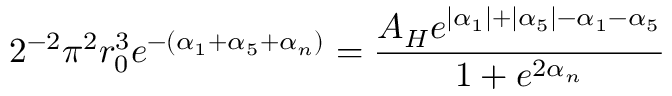
2 ^ { - 2 } \pi ^ { 2 } r _ { 0 } ^ { 3 } e ^ { - ( \alpha _ { 1 } + \alpha _ { 5 } + \alpha _ { n } ) } = \frac { { \cal A } _ { H } e ^ { | \alpha _ { 1 } | + | \alpha _ { 5 } | - \alpha _ { 1 } - \alpha _ { 5 } } } { 1 + e ^ { 2 \alpha _ { n } } }